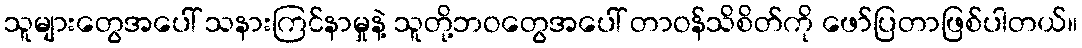
သူများတွေအပေါ် သနားကြင်နာမှုနဲ့ သူတို့ဘဝတွေအပေါ် တာဝန်သိစိတ်ကို ဖော်ပြတာဖြစ်ပါတယ်။